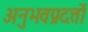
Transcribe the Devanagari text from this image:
अनुभवप्रदत्तों